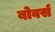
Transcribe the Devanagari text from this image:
बोवर्स